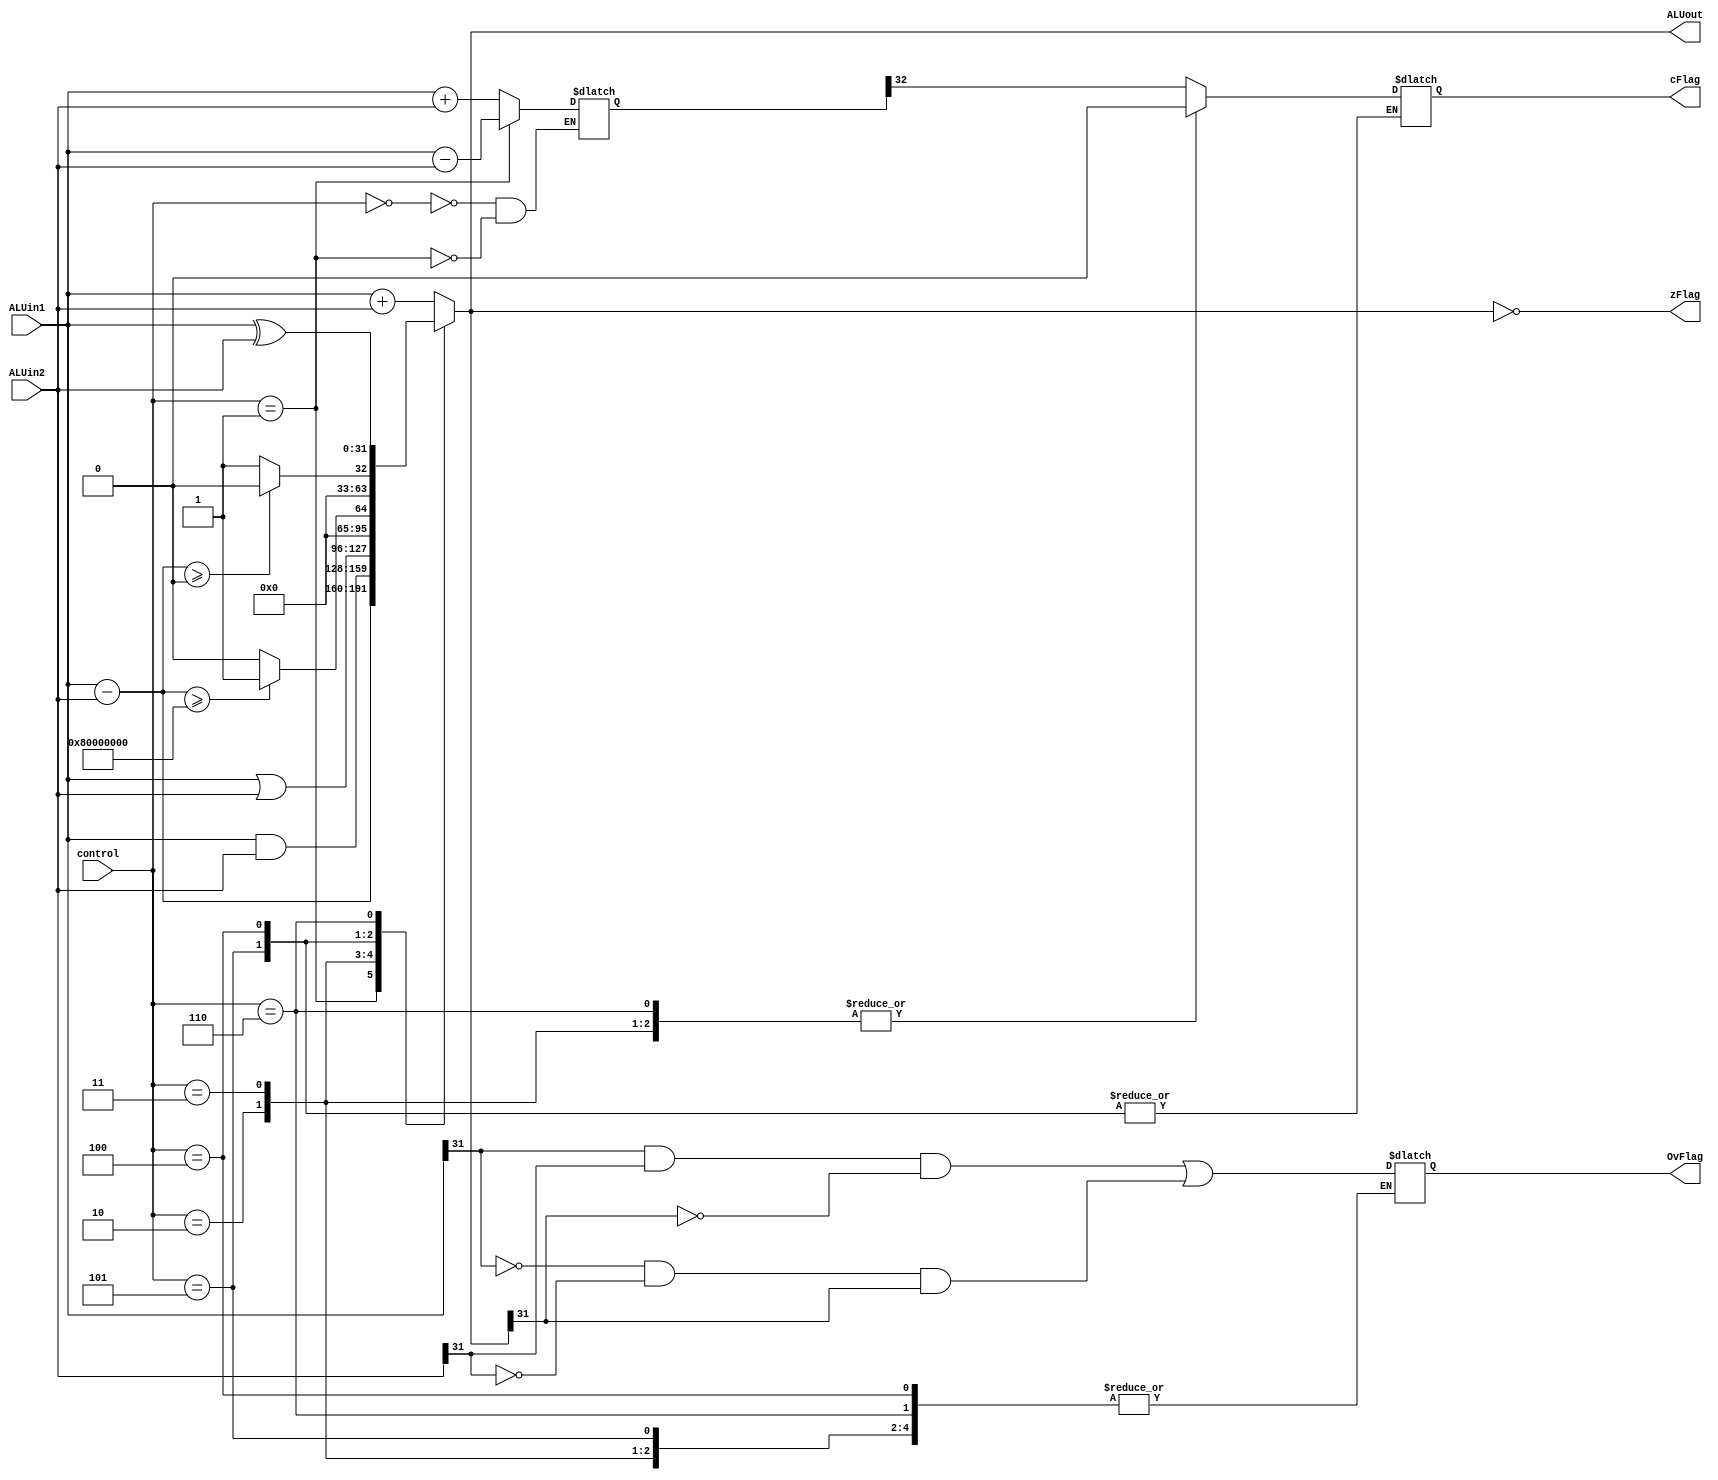
`timescale 1ns/1ps
module ALU(ALUout, ALUin1, ALUin2, control, zFlag, cFlag, OvFlag);

	input [2:0] control;
	input [31:0] ALUin1, ALUin2;
	output reg [31:0] ALUout;
	output reg zFlag;
	output reg cFlag;
	output reg OvFlag;
	reg [32:0]sum;
	
	always @ (*)
	begin
		
		case (control)
			3'b000: begin
					sum <= ALUin1 + ALUin2;    
					ALUout <= ALUin1 + ALUin2;    //add
					cFlag = sum[32];
					OvFlag = (ALUin1[31] & ALUin2[31] & ~ALUout[31]) |((~ALUin1[31] & ~ALUin2[31] & ALUout[31]));
			end
			3'b001: begin                          //for subtraction
					sum <= ALUin1 - ALUin2;
					ALUout <= ALUin1 - ALUin2;
					cFlag = sum[32];
					OvFlag = (ALUin1[31] & ALUin2[31] & ~ALUout[31]) |((~ALUin1[31] & ~ALUin2[31] & ALUout[31]));

			end			
			3'b010: begin
			
			       ALUout <= ALUin1 & ALUin2;     //and
					 cFlag = 1'b0;
			end
			3'b011: begin
					ALUout <= ALUin1 | ALUin2;     //or
					cFlag = 1'b0;
			end
			3'b101: begin //SLT instruction, checking whether ALUin1 in > or not
						
					if((ALUin1 - ALUin2) >= 32'h80000000) 
						ALUout <= 32'b1; 			                //slt
					else ALUout <= 32'b0;                 //Implementing signed number comparison
			end
			
			3'b100: begin

					if ((ALUin1 - ALUin2) >= 32'b0) ALUout <= 32'b0;
					else ALUout <= 32'b1;
			end
			
			3'b110: begin
					ALUout <= ALUin1 ^ ALUin2;           //XOR
					cFlag = 1'b0;
			end 


			
			default: begin ALUout <= ALUin1 + ALUin2; 
								cFlag = sum[32];
								OvFlag = (ALUin1[31] & ALUin2[31] & ~ALUout[31]) |((~ALUin1[31] & ~ALUin2[31] & ALUout[31]));
			end
			
		endcase
		zFlag = (ALUout == 32'b0);
		
	end
endmodule